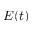
E ( t )